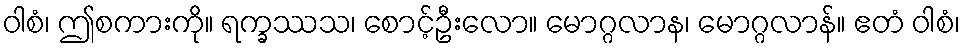
ဝါစံ၊ ဤစကားကို။ ရက္ခဿသ၊ စောင့်ဦးလော။ မောဂ္ဂလာန၊ မောဂ္ဂလာန်။ ဧတံ ဝါစံ၊